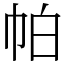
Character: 帕